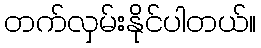
တက်လှမ်းနိုင်ပါတယ်။